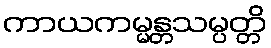
ကာယကမ္မန္တသမ္ပတ္တိ